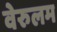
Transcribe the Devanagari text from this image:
वेरुलम